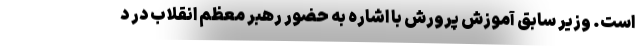
است. وزیر سابق آموزش پرورش با اشاره به حضور رهبر معظم انقلاب در د